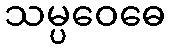
သမ္ပဝေဓေ